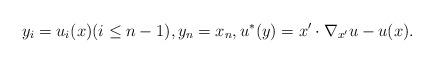
LaTeX: \begin{align*}y_i= u_i(x) (i\le n-1), y_n = x_n,u^*(y)=x' \cdot \nabla_{x'}u -u(x).\end{align*}